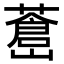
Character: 𦾝